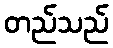
တည်သည်